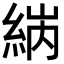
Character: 𦀼